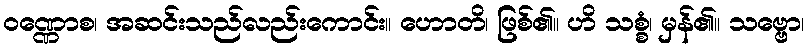
ဝဏ္ဏောစ၊ အဆင်းသည်လည်းကောင်း။ ဟောတိ၊ ဖြစ်၏။ ဟိ သစ္စံ၊ မှန်၏။ သဗ္ဗော၊